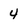
Character: 4